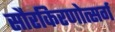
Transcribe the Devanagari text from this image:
सौरकिरणोत्सर्ग